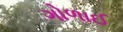
ગોળાઈ